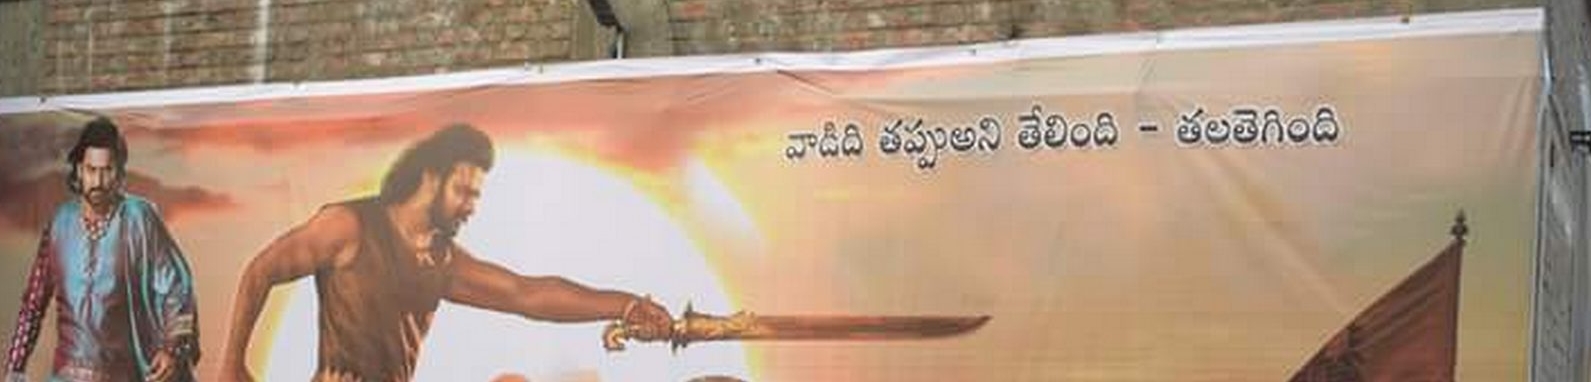
Language: telugu
Transcription: తప్పు వాడిది అని తేలింది